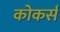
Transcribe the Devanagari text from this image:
कोकर्स